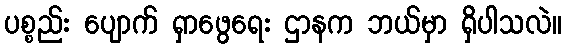
ပစ္စည်း ပျောက် ရှာဖွေရေး ဌာနက ဘယ်မှာ ရှိပါသလဲ။